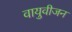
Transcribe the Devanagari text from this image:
वायुवीजन